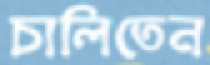
চালিতেন